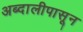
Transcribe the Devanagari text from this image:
अब्दालीपासून